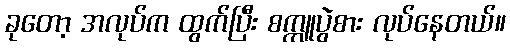
ခုတော့ အလုပ်က ထွက်ပြီး စက္ကူပွဲစား လုပ်နေတယ်။